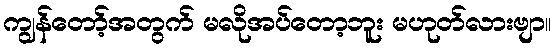
ကျွန်တော့်အတွက် မလိုအပ်တော့ဘူး မဟုတ်လားဗျာ။